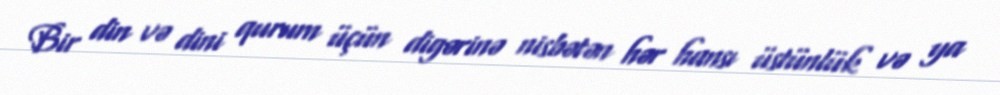
Bir din və dini qurum üçün digərinə nisbətən hər hansı üstünlük və ya